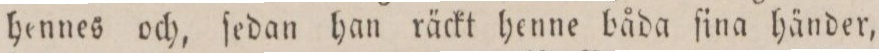
hennes och, ſedan han räckt henne båda ſina händer,